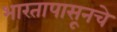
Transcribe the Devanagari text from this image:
भारतापासूनचे